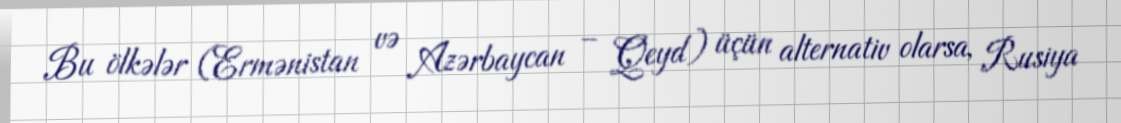
Bu ölkələr (Ermənistan və Azərbaycan – Qeyd) üçün alternativ olarsa, Rusiya